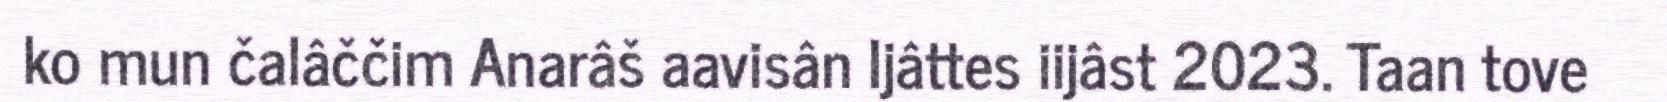
ko mun čalâččim Anarâš aavisân Ijâttes iijâst 2023. Taan tove